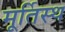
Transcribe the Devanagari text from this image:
मूर्तिस्थ